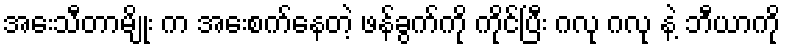
အေးသီတာမျိုး က အေးစက်နေတဲ့ ဖန်ခွက်ကို ကိုင်ပြီး ဂလု ဂလု နဲ့ ဘီယာကို